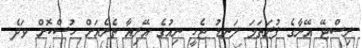
ރިސްޓޭ އޭނާގެ ފުރަތަމަ ލަނޑު ޖެހީ ނިއުގެ އޭރިއާ ތެރެއަށް ހުސްކޮށް ވަދެ